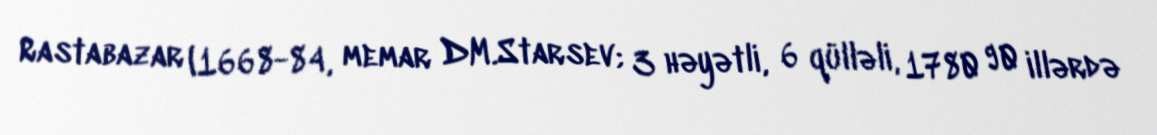
Rastabazar (1668-84, memar DM.Starsev; 3 həyətli, 6 qülləli, 1780 90 illərdə